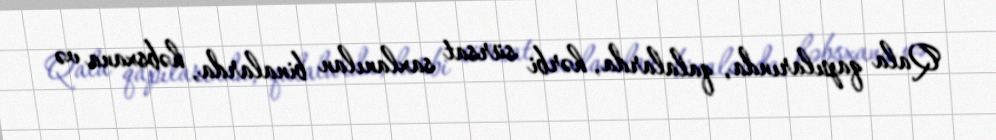
Qala qapılarında, qalalarda, hərbi sürsat saxlanılan binalarda, həbsxana və